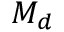
M _ { d }